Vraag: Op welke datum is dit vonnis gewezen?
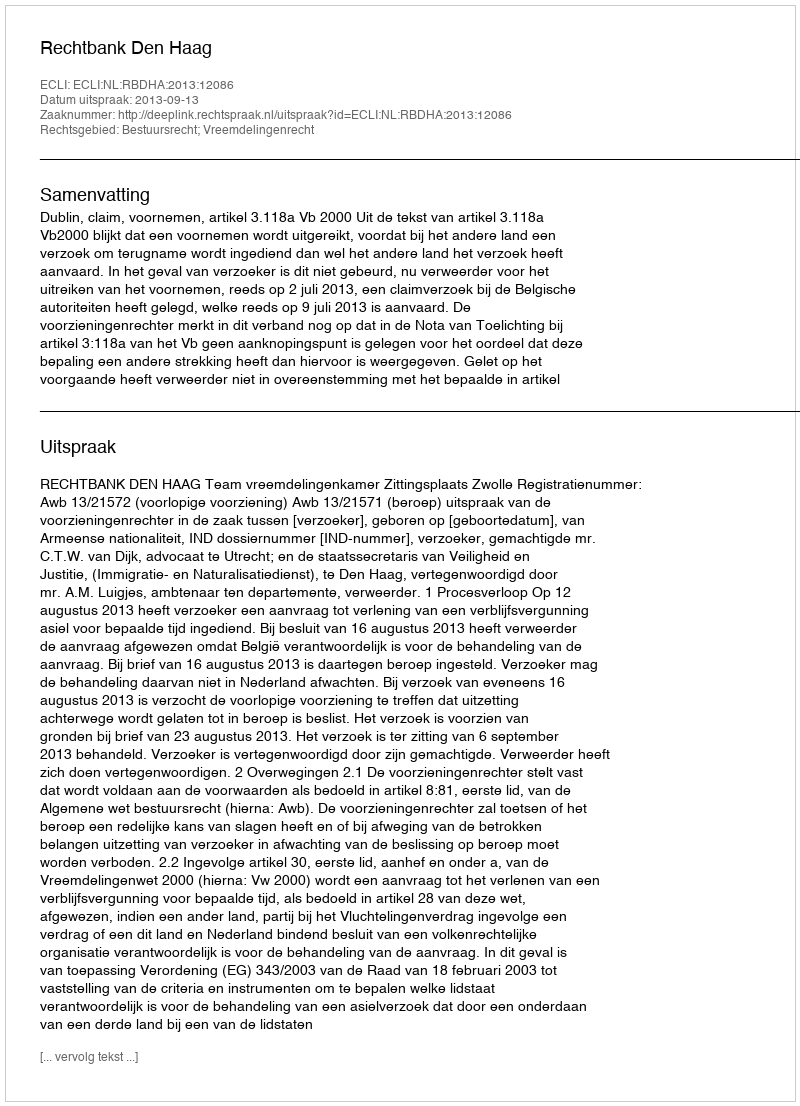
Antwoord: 2013-09-13